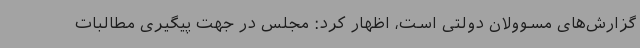
گزارش‌های مسوولان دولتی است، اظهار کرد: مجلس در جهت پیگیری مطالبات